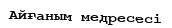
Айғаным медресесі